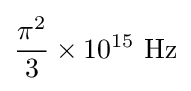
{\frac {\pi ^{2}}{3}}\times 10^{15}\ {\text{Hz}}